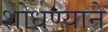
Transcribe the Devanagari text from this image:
शोधण्याने